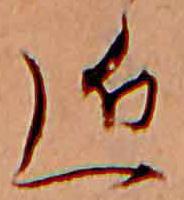
近